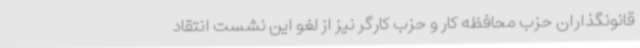
قانونگذاران حزب محافظه کار و حزب کارگر نیز از لغو این نشست انتقاد